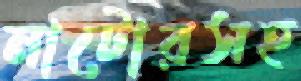
নাটোরসহ